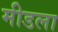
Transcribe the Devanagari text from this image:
मीडला